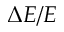
\Delta E / E